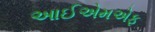
આઈએમએફ